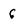
Character: 6